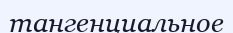
тангенциальное